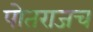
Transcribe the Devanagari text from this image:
पोतराजच